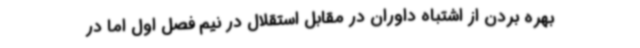
بهره بردن از اشتباه داوران در مقابل استقلال در نیم فصل اول اما در